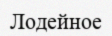
Лодейное